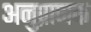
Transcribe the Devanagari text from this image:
अनुप्राणक